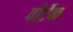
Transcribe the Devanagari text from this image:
वोर्टेक